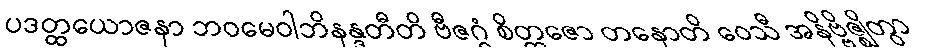
ပဒတ္ထယောဇနာ ဘဝမေဝါဘိနန္ဒတီတိ ဗီဇဂ္ဂံ စိတ္တဇော တနောတိ ဝေသီ အနိဗ္ဗိဇ္ဈိတွာ